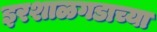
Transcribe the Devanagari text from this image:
इरशाळगडाच्या